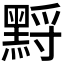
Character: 𪑋